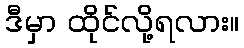
ဒီမှာ ထိုင်လို့ရလား။